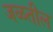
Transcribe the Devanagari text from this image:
जळतील